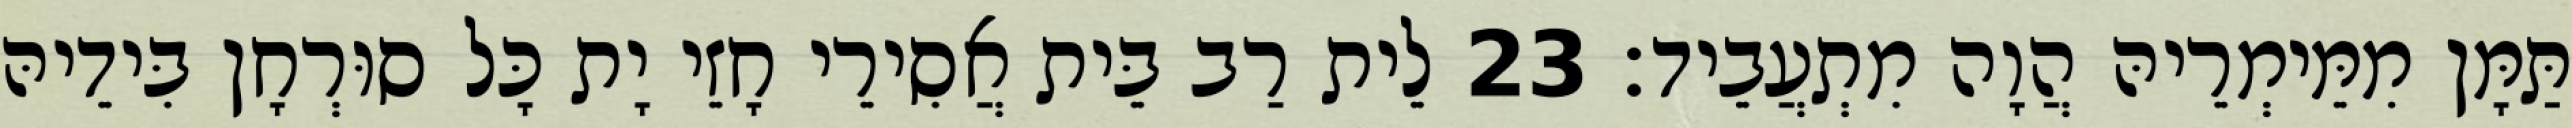
תַּמָּן מִמֵּימְרֵיהּ הֲוָה מִתְעֲבֵיד׃ 23 לֵית רַב בֵּית אֲסִירֵי חָזֵי יָת כָּל סוּרְחָן בִּידֵיהּ